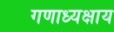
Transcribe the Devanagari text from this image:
गणाध्यक्षाय